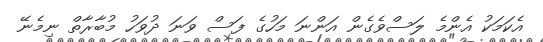
އެކަމަކު އެންމެ ލަސްވެގެން އަންނަ މަހުގެ ފަސް ވަނަ ދުވަހު މުބާރާތް ނިމެނޭ